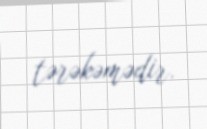
tərəkəmədir.